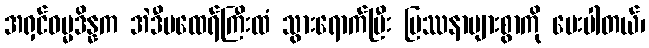
အရှင်ဓမ္မဒိန္နက အဲဒီမထေရ်ကြီးထံ သွားရောက်ပြီး ပြဿနာများစွာကို မေးပါတယ်၊